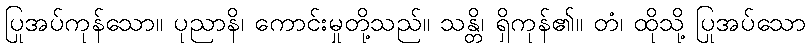
ပြုအပ်ကုန်သော။ ပုညာနိ၊ ကောင်းမှုတို့သည်။ သန္တိ၊ ရှိကုန်၏။ တံ၊ ထိုသို့ ပြုအပ်သော